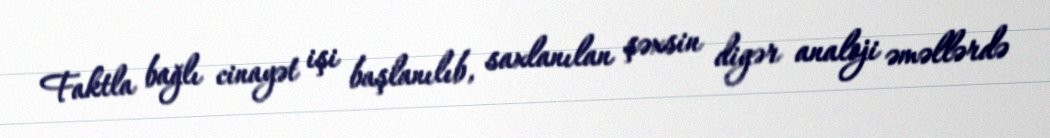
Faktla bağlı cinayət işi başlanılıb, saxlanılan şəxsin digər analoji əməllərdə